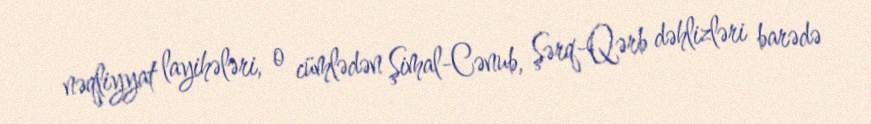
nəqliyyat layihələri, o cümlədən Şimal-Cənub, Şərq-Qərb dəhlizləri barədə